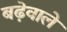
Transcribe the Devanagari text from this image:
बढ़ेवाले